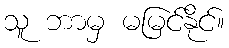
သူ ဘာမှ မမြင်နိုင်။